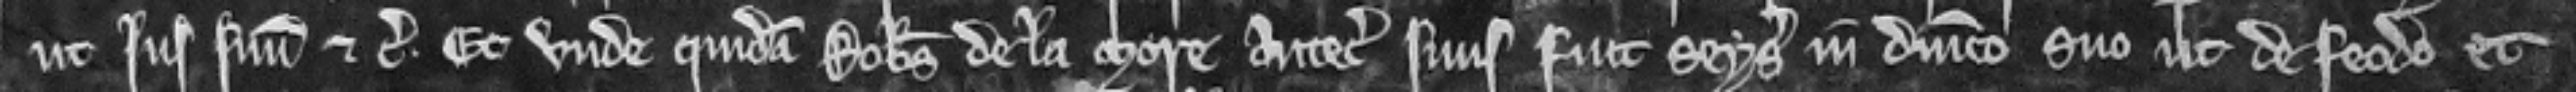
ut jus suum etc. Et unde quidam Robertus de la More antecessor suus fuit seysitus in dominico suo ut de feodo et